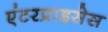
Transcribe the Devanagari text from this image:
एंटरप्राइसेस